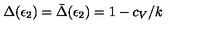
\Delta ( \epsilon _ { 2 } ) = \bar { \Delta } ( \epsilon _ { 2 } ) = 1 - c _ { V } / k